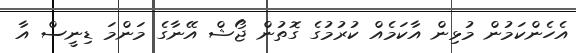
އެހެންކަމުން މުޅިން އާކަމެއް ކުރުމުގެ ގޮތުން ޖޯޝް އޭނާގެ މަންމަ ޑިނީސް އާ